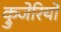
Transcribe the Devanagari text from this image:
क्रुजेरियो